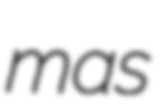
mas